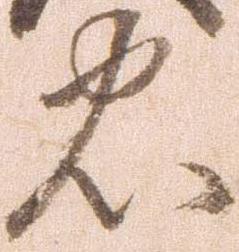
忠